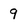
Character: 9